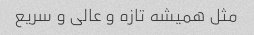
مثل همیشه تازه و عالی و سریع